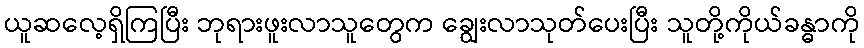
ယူဆလေ့ရှိကြပြီး ဘုရားဖူးလာသူတွေက ချွေးလာသုတ်ပေးပြီး သူတို့ကိုယ်ခန္ဓာကို